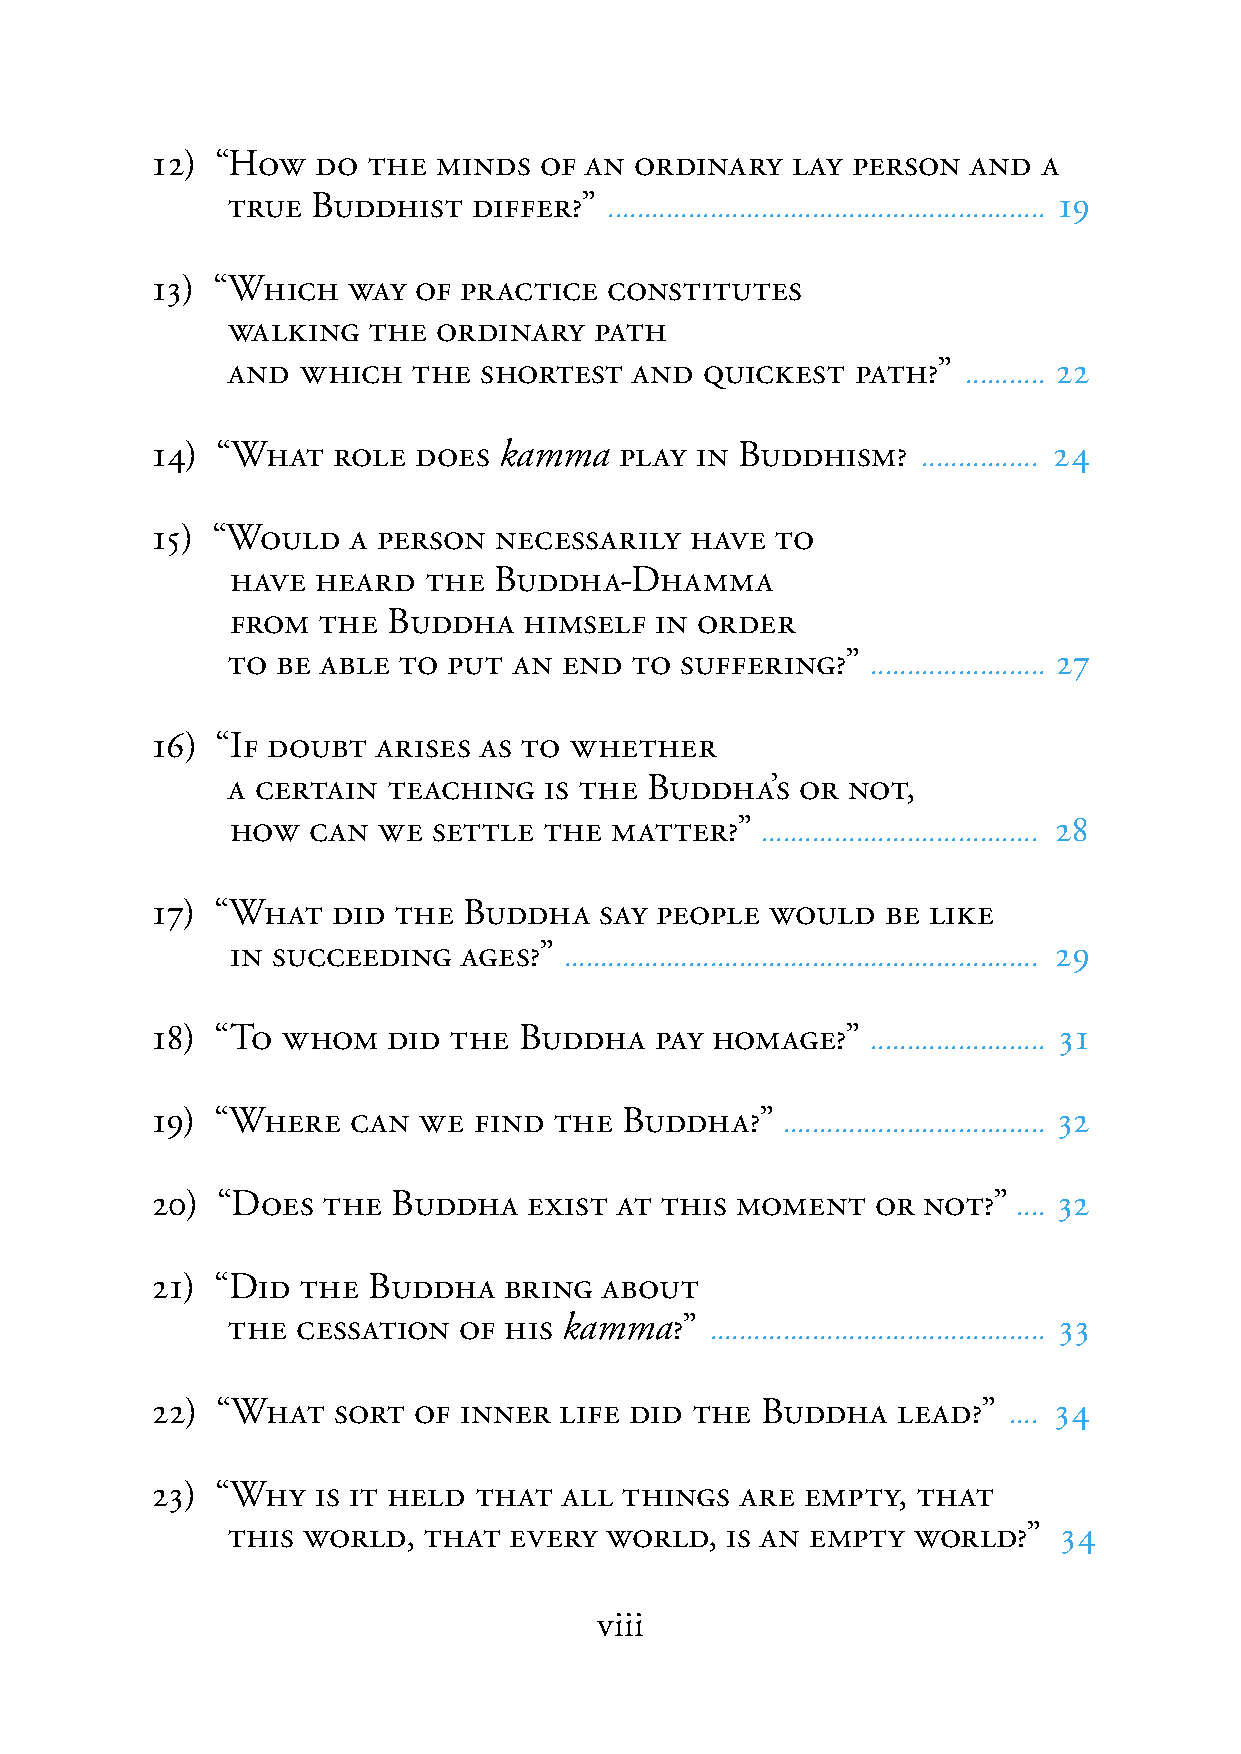
12) “HOW   DO THE  MINDS  OF AN ORDINARY  LAY PERSON  AND  A
 TRUE  BUDDHIST  DIFFER?” ............................................................ 19
 13) “WHICH   WAY OF PRACTICE  CONSTITUTES
 WALKING  THE  ORDINARY  PATH
 AND  WHICH  THE  SHORTEST  AND  QUICKEST  PATH?” ........... 22
 14) “WHAT   ROLE  DOES kamma   PLAY IN BUDDHISM?   ................ 24
 15) “WOULD   A PERSON  NECESSARILY  HAVE TO
 HAVE  HEARD  THE  BUDDHA-DHAMMA
 FROM  THE  BUDDHA   HIMSELF IN ORDER
 TO BE ABLE TO  PUT AN END  TO SUFFERING?”  ........................ 27
 16) “IF DOUBT  ARISES AS TO WHETHER
 A CERTAIN  TEACHING  IS THE BUDDHA’S  OR NOT,
 HOW  CAN  WE  SETTLE THE MATTER?”  ...................................... 28
 17) “WHAT   DID THE  BUDDHA   SAY PEOPLE WOULD   BE LIKE
 IN SUCCEEDING   AGES?” ................................................................. 29
 18) “TO  WHOM   DID THE BUDDHA   PAY HOMAGE?”   ........................ 31
 19) “WHERE   CAN  WE FIND  THE BUDDHA?”   .................................... 32
 20) “DOES  THE  BUDDHA   EXIST AT THIS MOMENT   OR NOT?” .... 32
 21) “DID  THE BUDDHA   BRING  ABOUT
 THE  CESSATION OF HIS kamma?”   .............................................. 33
 22) “WHAT   SORT OF INNER  LIFE DID THE BUDDHA   LEAD?”  .... 34
 23) “WHY   IS IT HELD THAT ALL THINGS  ARE EMPTY,  THAT
 THIS WORLD,  THAT  EVERY WORLD,  IS AN EMPTY WORLD?”   34
 viii